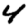
Digit: 4